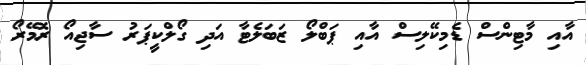
އާއި މާޓިންސް ޑެމިކޭލިސް އާއި ޕަބްލޯ ޒަބަލެޓާ އަދި ގޯލްކީޕަރު ސާޖިއޯ ރޮމޭރޯ